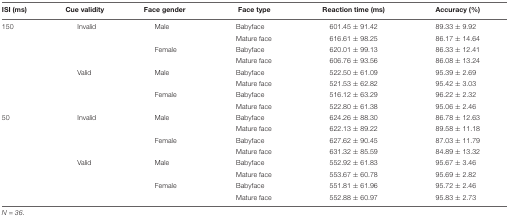
| ISI (ms) | Cue validity | Face gender | Face type | Reaction time (ms) | Accuracy (%) |
 | --- | --- | --- | --- | --- | --- |
 | 150 | Invalid | Male | Babyface | 601.45 ± 91.42 | 89.33 ± 9.92 |
 |  |  |  | Mature face | 616.61 ± 98.25 | 86.17 ± 14.64 |
 |  |  | Female | Babyface | 620.01 ± 99.13 | 86.33 ± 12.41 |
 |  |  |  | Mature face | 606.76 ± 93.56 | 86.08 ± 13.24 |
 |  | Valid | Male | Babyface | 522.50 ± 61.09 | 95.39 ± 2.69 |
 |  |  |  | Mature face | 521.53 ± 62.82 | 95.42 ± 3.03 |
 |  |  | Female | Babyface | 516.12 ± 63.29 | 96.22 ± 2.32 |
 |  |  |  | Mature face | 522.80 ± 61.38 | 95.06 ± 2.46 |
 | 50 | Invalid | Male | Babyface | 624.26 ± 88.30 | 86.78 ± 12.63 |
 |  |  |  | Mature face | 622.13 ± 89.22 | 89.58 ± 11.18 |
 |  |  | Female | Babyface | 627.62 ± 90.45 | 87.03 ± 11.79 |
 |  |  |  | Mature face | 631.32 ± 85.59 | 84.89 ± 13.32 |
 |  | Valid | Male | Babyface | 552.92 ± 61.83 | 95.67 ± 3.46 |
 |  |  |  | Mature face | 553.67 ± 60.78 | 95.69 ± 2.82 |
 |  |  | Female | Babyface | 551.81 ± 61.96 | 95.72 ± 2.46 |
 |  |  |  | Mature face | 552.88 ± 60.97 | 95.83 ± 2.73 |